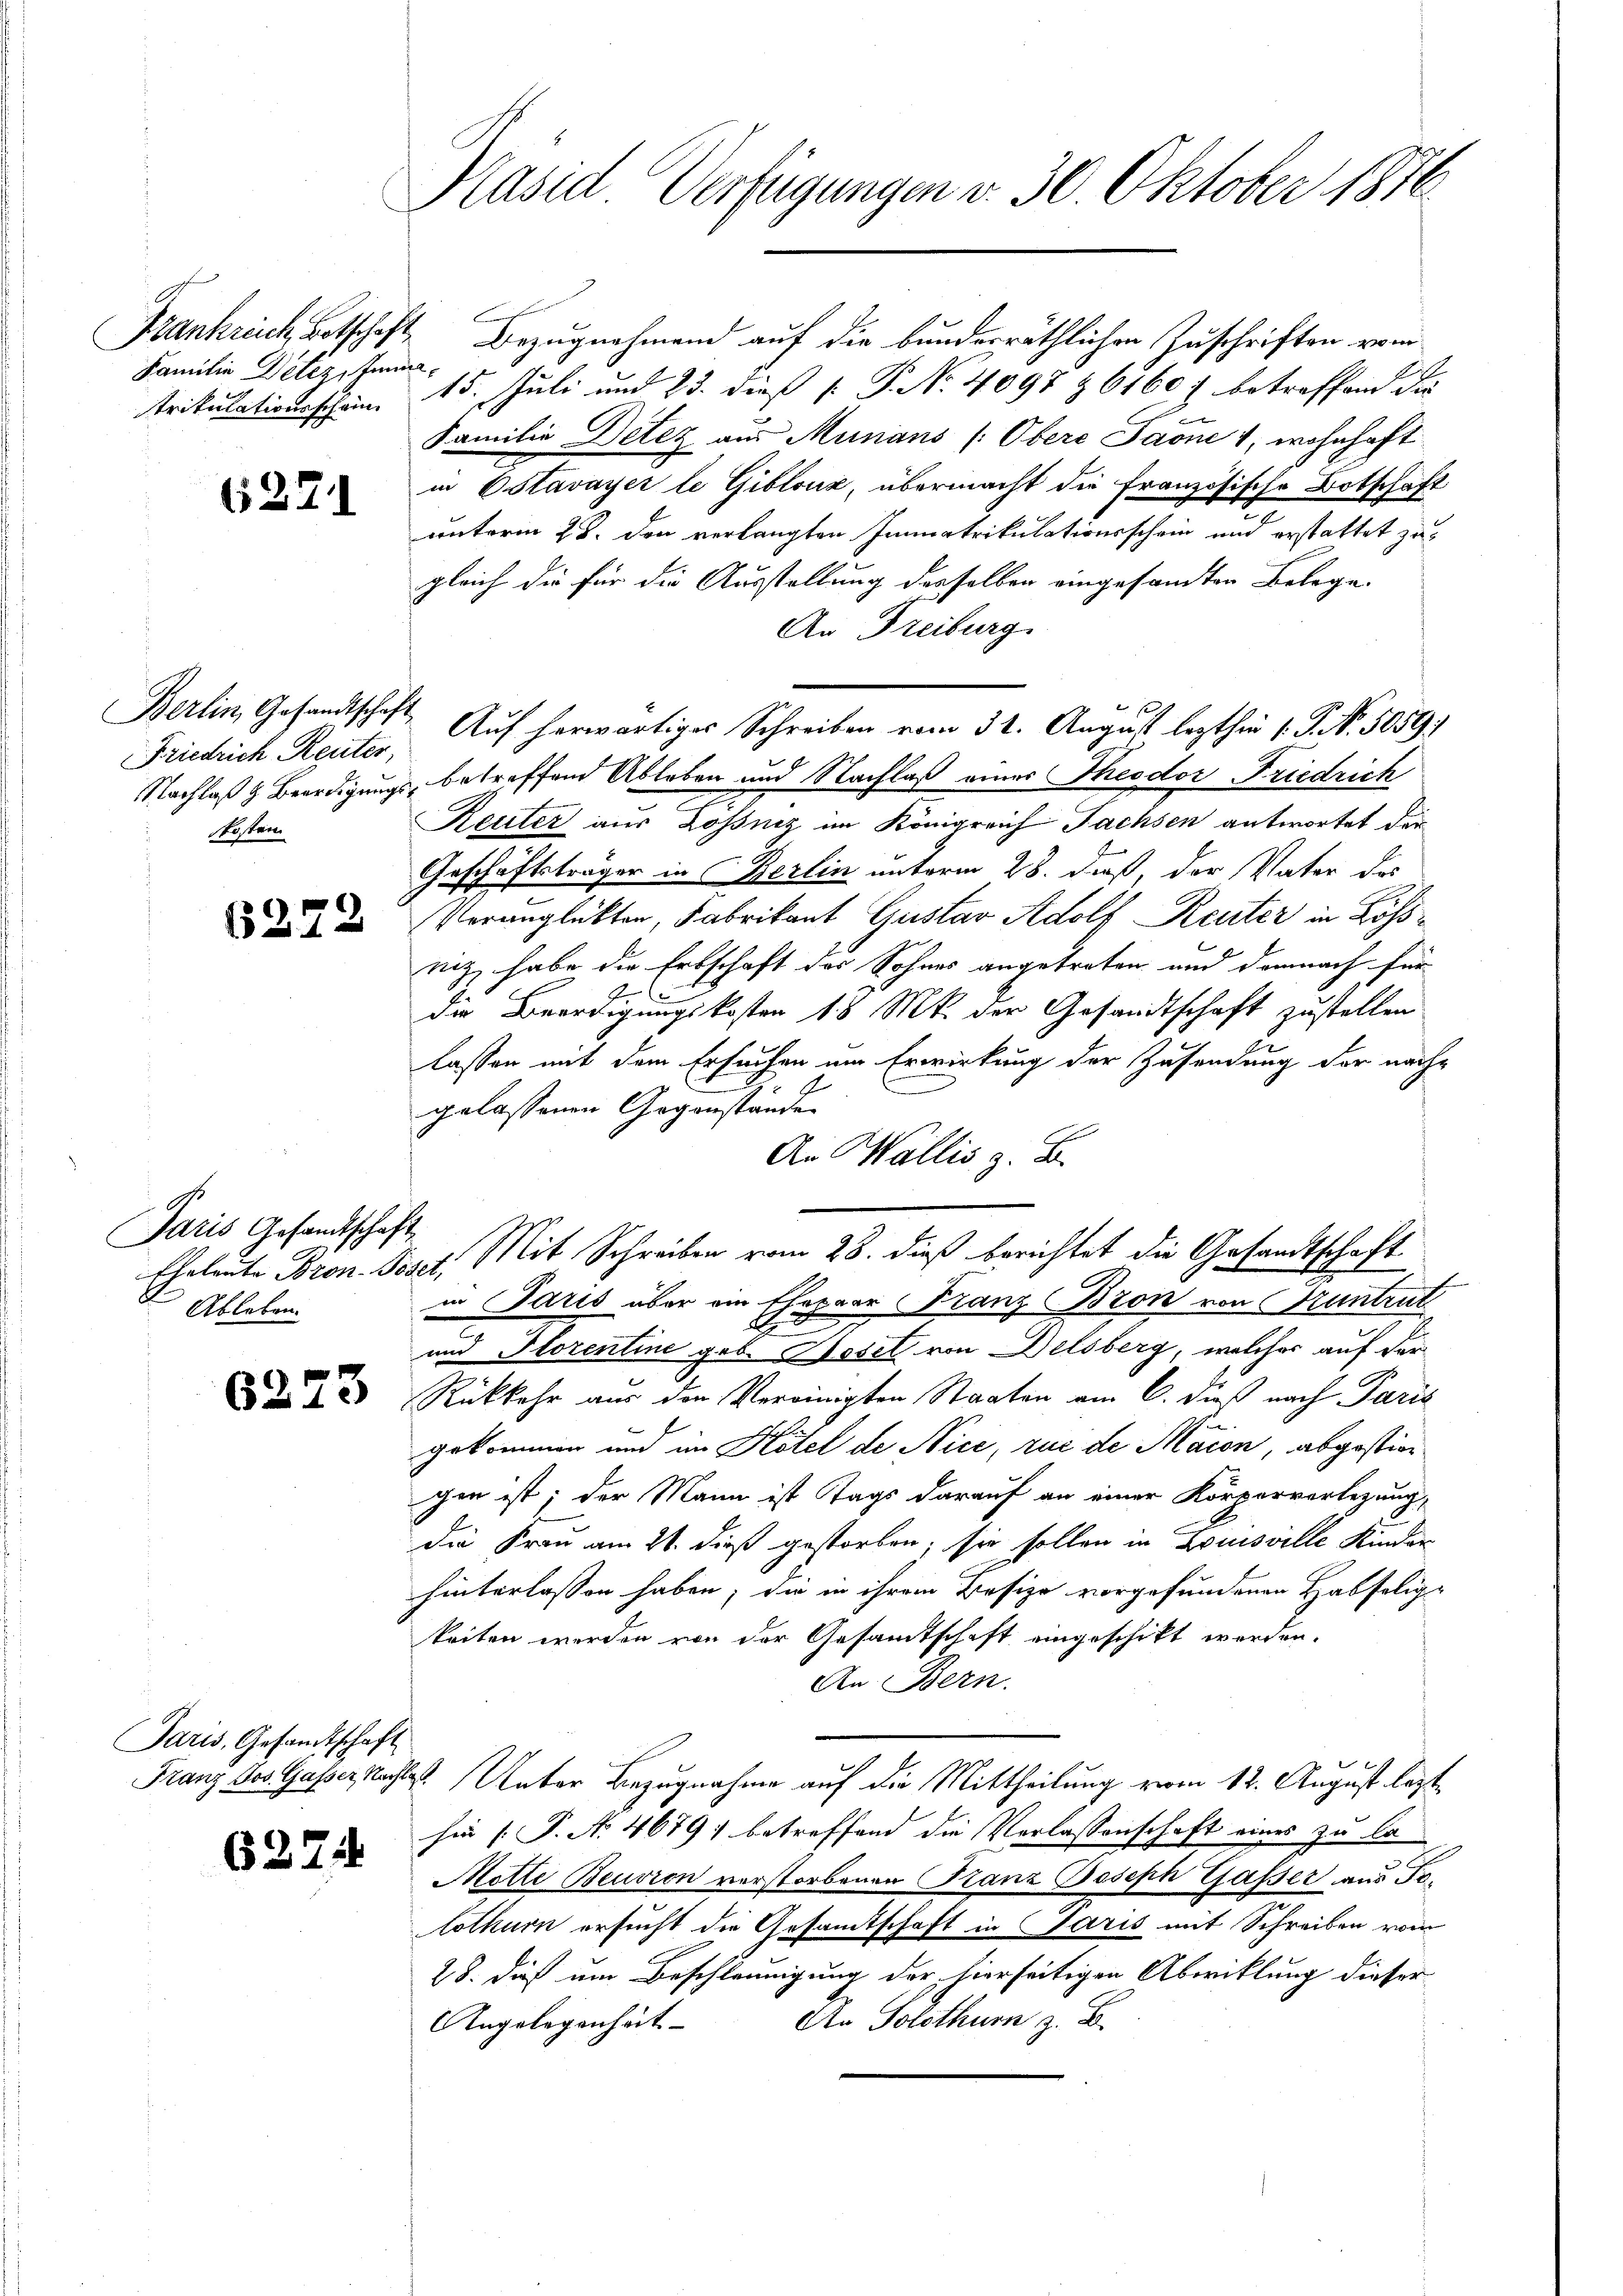
Familie Detez, Inma¬

6271

Berlin, Gesandtschaft
Friedrich Reiter,
kosten

627.

Paris Gesandtschaft
Ableben.

6223

Paris, Gesandtschaft

627.

Kasid Verfügungen v. 30. Oktober 1876

Bankrick, Botschaft. Bezugnahmend auf die bundesräthlichen Zuschriften vom
trikulationsschen 15. Juli und 23. dieß P. Nr. 4097 & 61607 betreffend die
Familie Detez aus Munans (Obere Jaone 4, wohnhaft
in Ostavayer le Giblouz, übermacht die französische Botschaft
unterm 28. den verlangten Immatrikulationsschein und erstattet zugleich die für die Ausstellung derselben eingesandten Belege
An Freiburg.
Nachlaß & Beerdigungs- betreffend Ableben und Nachlaß einer Theodor Friedrich
Reuter aus Lösung im Königreich Sachsen antwortet der
Geschäftsträger in Berlin unterm 28. daß, der Vater des
Verunglükten, Fabrikant Gustav Adolf Reuter in Lösniz habe die Erbschaft des Sohnes angetreten und demnach für
die Beerdigungskosten 18 Mk. der Gesandtschaft zustellen
lassen mit dem Ersuchen um Erwirkung der Zusendung der nachgelassenen Gegenstände
An Wallis, z. B.
Eheleute Bron Post. Mit Schreiben vom 28. dieß berichtet die Gesandtschaft
in Paris über ein Ehepaar Franz Bron von runtrut
2
und Stozentine geb. Hasel von Delsberg, welcher auf der
Rükkehr aus den Vereinigten Staaten am 6. dieß nach Paris
gekommen und im Hotel de Nice, rue de Maion, abgestiegen ist; der Mann ist Tags darauf an einer Körperverlegung,
die Frau am 26. dieß gestorben; sie sollen in Louisville Kinder
hinterlassen haben; die in ihrem Besize vorgefundenen Habselige
keiten werden von der Gesamtschaft eingeschikt werden.
An Bern.
Franz Jos. Gasser Nachtest. Unter Bezugnahme auf die Mittheilung vom 12. August lezthin (P. No 4679; betreffend die Verlassenschaft eines zu la
Motte Beuvion verstorbenen Franz Joseph Gasser aus Te¬
Aothur ersucht die Gesamtschaft in Paris mit Schreiben vom
28. dieß um Beschleunigung der hierseitigen Abwicklung dieser
An Solothur z. B.
Angelegenheit.

Auf herwärtiges Schreiben vom 31. August lezthin 1. P. Nr. 5059.)